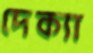
দেক্যা